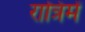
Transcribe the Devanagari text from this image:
रात्रिमें